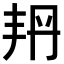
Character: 𠂴